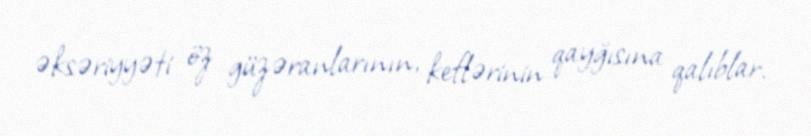
əksəriyyəti öz güzəranlarının, keflərinin qayğısına qalıblar.